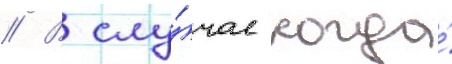
// В слу́чае когда́